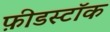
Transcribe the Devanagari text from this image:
फ़ीडस्टॉक